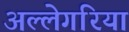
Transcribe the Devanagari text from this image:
अल्लेगरिया